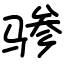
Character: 骖